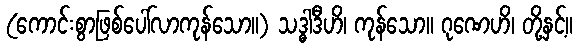
(ကောင်းစွာဖြစ်ပေါ်လာကုန်သော။) သဒ္ဓါဒီဟိ၊ ကုန်သော။ ဂုဏေဟိ၊ တို့နှင့်။